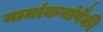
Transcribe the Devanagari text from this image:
नामांकनांपैकी